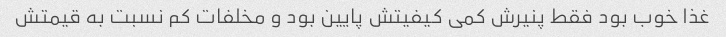
غذا خوب بود فقط پنیرش کمی کیفیتش پایین بود و مخلفات کم نسبت به قیمتش